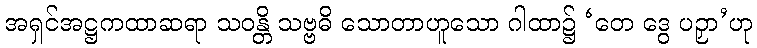
အရှင်အဋ္ဌကထာဆရာ သဝန္တိ သဗ္ဗဓိ သောတာဟူသော ဂါထာ၌ ‘တေ ဒွေ ပဉှာ’ဟု